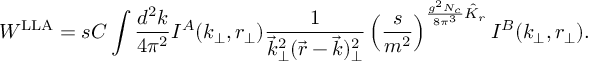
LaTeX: W ^ { \mathrm { L L A } } = s { \cal C } \int { \frac { d ^ { 2 } k } { 4 \pi ^ { 2 } } } I ^ { A } ( k _ { \perp } , r _ { \perp } ) { \frac { 1 } { \vec { k } _ { \perp } ^ { 2 } ( \vec { r } - \vec { k } ) _ { \perp } ^ { 2 } } } \left( { \frac { s } { m ^ { 2 } } } \right) ^ { { \frac { g ^ { 2 } N _ { c } } { 8 \pi ^ { 3 } } } \hat { K } _ { r } } I ^ { B } ( k _ { \perp } , r _ { \perp } ) .